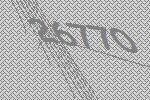
26770